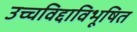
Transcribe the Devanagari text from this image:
उच्चविद्दाविभूषित